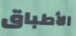
الأطباق